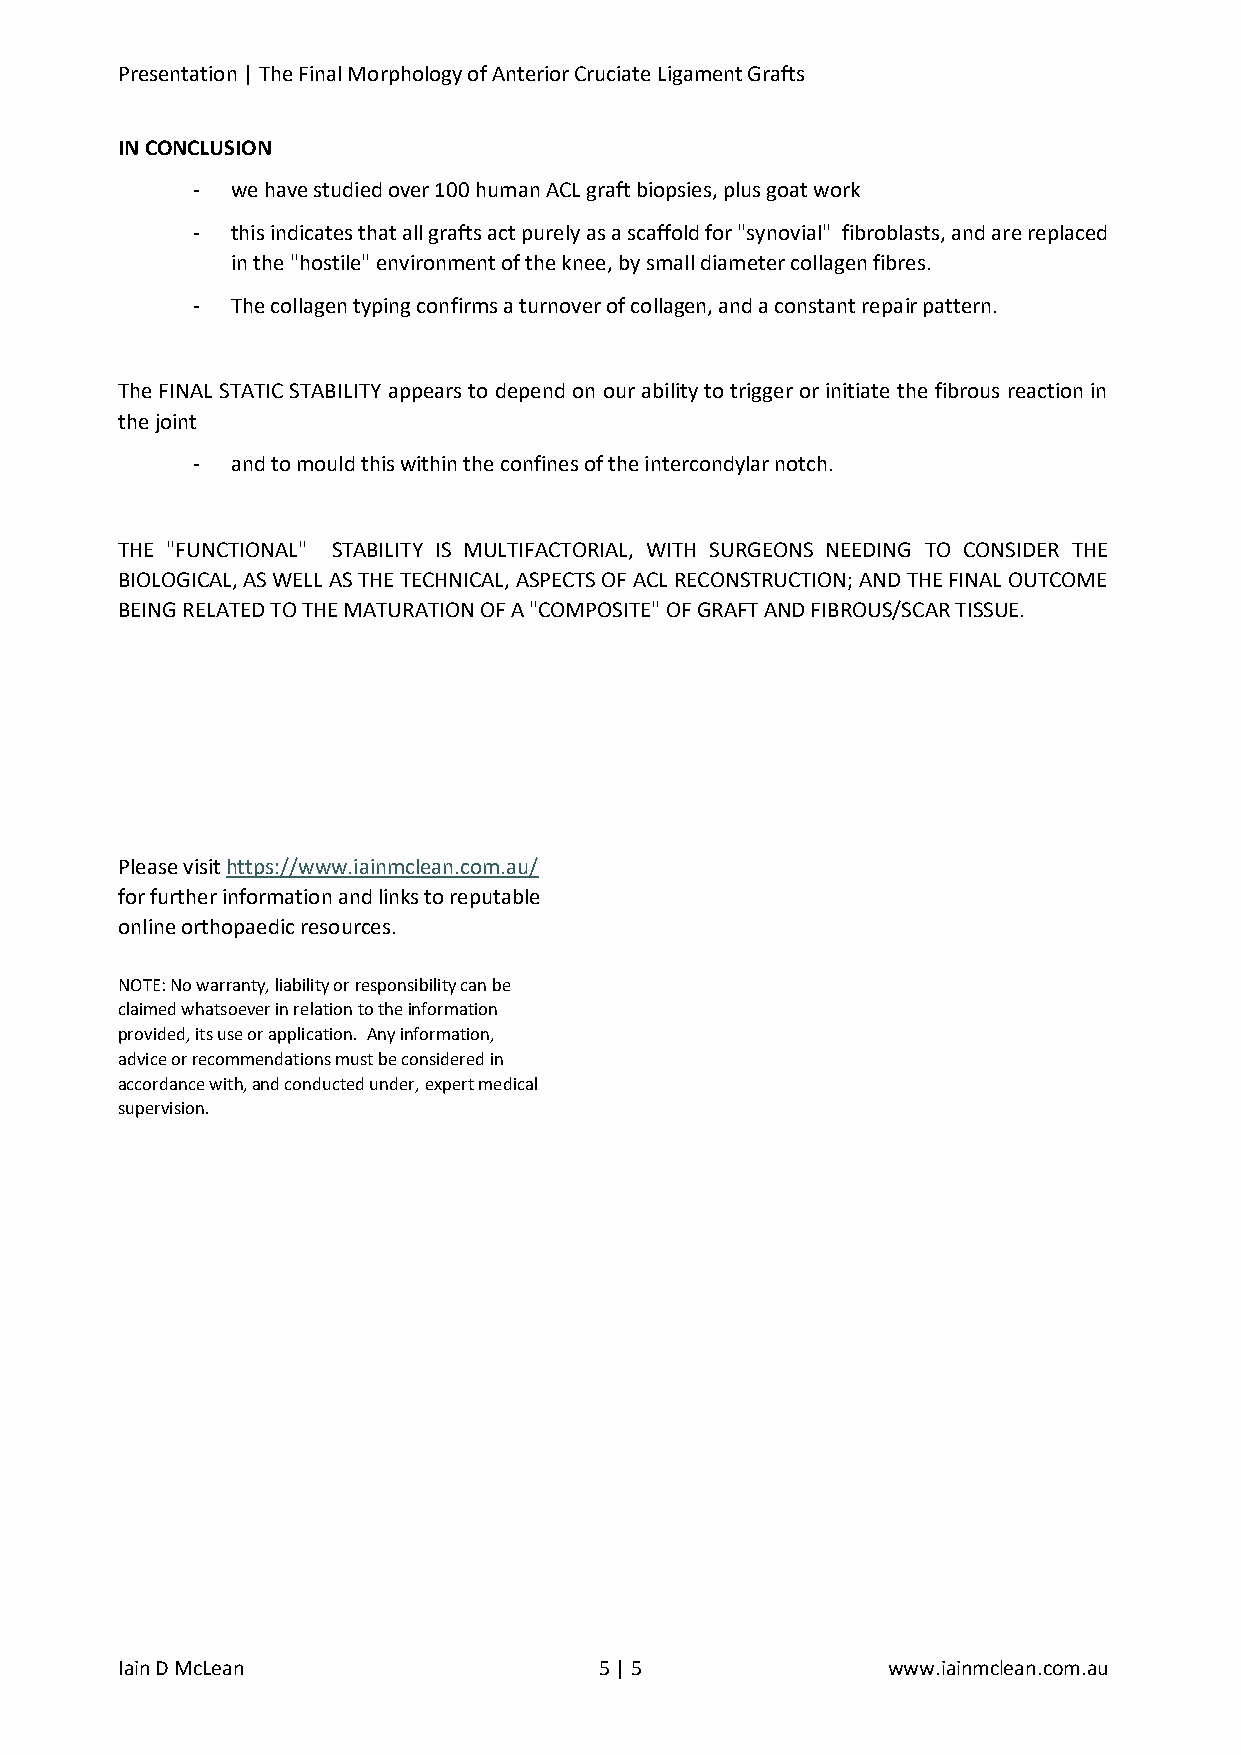
Presentation | The Final Morphology of Anterior Cruciate Ligament Grafts
 IN CONCLUSION
 - we have studied over 100 human ACL graft biopsies, plus goat work
 - this indicates that all grafts act purely as a scaffold for "synovial" fibroblasts, and are replaced
 in the "hostile" environment of the knee, by small diameter collagen fibres.
 - The collagen typing confirms a turnover of collagen, and a constant repair pattern.
 The FINAL STATIC STABILITY appears to depend on our ability to trigger or initiate the fibrous reaction in
 the joint
 - and to mould this within the confines of the intercondylar notch.
 THE "FUNCTIONAL" STABILITY IS MULTIFACTORIAL, WITH SURGEONS NEEDING TO CONSIDER THE
 BIOLOGICAL, AS WELL AS THE TECHNICAL, ASPECTS OF ACL RECONSTRUCTION; AND THE FINAL OUTCOME
 BEING RELATED TO THE MATURATION OF A "COMPOSITE" OF GRAFT AND FIBROUS/SCAR TISSUE.
 Please visit https://www.iainmclean.com.au/
 for further information and links to reputable
 online orthopaedic resources.
 NOTE: No warranty, liability or responsibility can be
 claimed whatsoever in relation to the information
 provided, its use or application. Any information,
 advice or recommendations must be considered in
 accordance with, and conducted under, expert medical
 supervision.
 Iain D McLean                   5 | 5              www.iainmclean.com.au